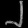
Digit: ၂